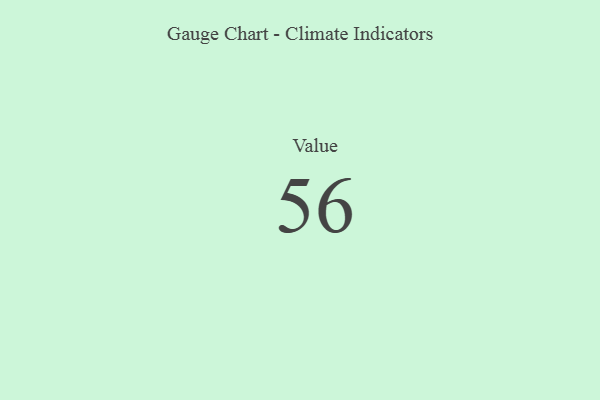
{"axis": {"x": "Metric", "y": "Value"}, "legend": [""], "data": [{"x": "Value", "y": 56, "type": ""}]}